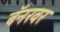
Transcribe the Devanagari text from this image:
बॅनरवर